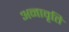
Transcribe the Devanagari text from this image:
अनावृति